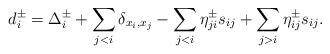
\begin{gather*}d_i^{\pm} =\Delta_i^{\pm} + \sum_{j < i} \delta_{x_i,x_j}- \sum_{j < i}\eta_{ji}^{\pm} s_{ij} + \sum_{j > i} \eta_{ij}^{\pm} s_{ij}.\end{gather*}